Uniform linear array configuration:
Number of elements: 8
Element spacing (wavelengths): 0.75
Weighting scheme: blackman
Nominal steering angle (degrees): -45
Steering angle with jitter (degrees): -45.988
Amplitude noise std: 0.05
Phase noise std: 0.05

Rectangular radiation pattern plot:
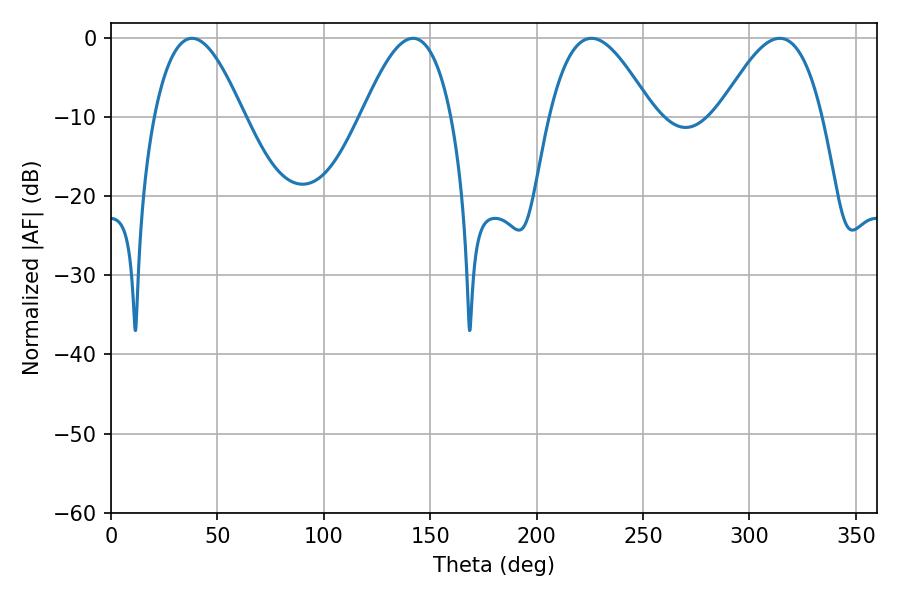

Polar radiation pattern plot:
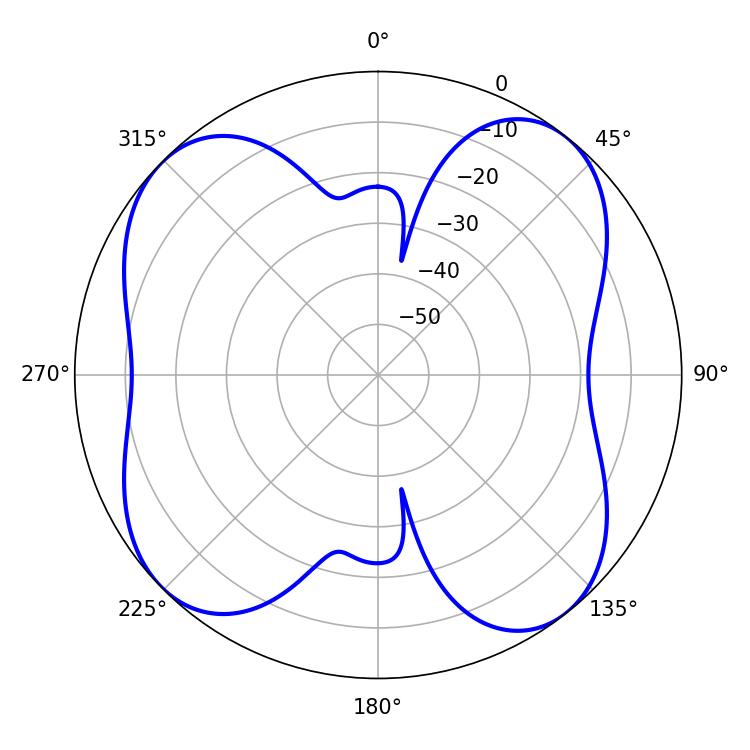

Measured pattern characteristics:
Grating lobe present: TRUE
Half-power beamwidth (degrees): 26.28
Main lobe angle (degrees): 314.28